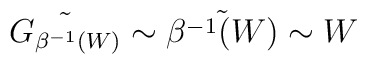
\tilde{G_{\beta^{-1}(W)}}\sim\tilde{\beta^{-1}(W)}\sim W